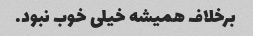
برخلاف همیشه خیلی خوب نبود.